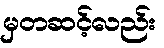
မှတဆင့်လည်း